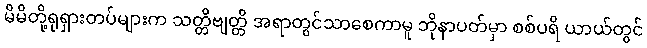
မိမိတို့ရုရှားတပ်များက သတ္တိဗျတ္တိ အရာတွင်သာစေကာမူ ဘိုနာပတ်မှာ စစ်ပရိ ယာယ်တွင်